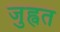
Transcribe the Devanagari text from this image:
जुह्वत